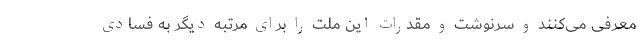
معرفی می‌کنند و سرنوشت و مقدرات این ملت را برای مرتبه دیگر به فسادی